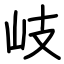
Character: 岐